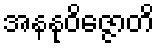
အနနုဝိဇ္ဇောတိ